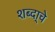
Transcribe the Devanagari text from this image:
शब्दा्चे